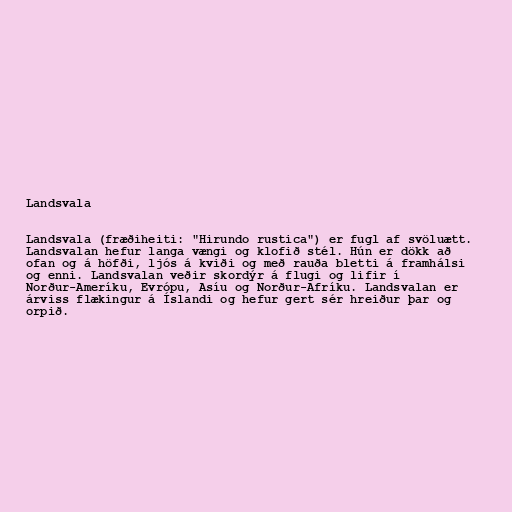
Landsvala

Landsvala (fræðiheiti: "Hirundo rustica") er fugl af svöluætt.
Landsvalan hefur langa vængi og klofið stél. Hún er dökk að
ofan og á höfði, ljós á kviði og með rauða bletti á framhálsi
og enni. Landsvalan veðir skordýr á flugi og lifir í
Norður-Ameríku, Evrópu, Asíu og Norður-Afríku. Landsvalan er
árviss flækingur á Íslandi og hefur gert sér hreiður þar og
orpið.